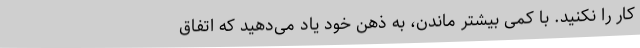
کار را نکنید. با کمی بیشتر ماندن، به ذهن خود یاد می‌دهید که اتفاق